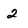
Character: 2